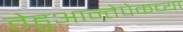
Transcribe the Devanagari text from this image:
तेहुआन्तेपेकच्या